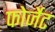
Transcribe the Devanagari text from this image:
फोर्जेट